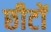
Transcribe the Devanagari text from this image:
छीटों